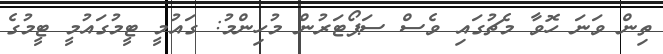
ތިން ވަނަ ހޮވާ މެޗުގައި ވެސް ސަޕޯޓަރުން މުހިންމު: ގައުމީ ޓީމުގައުމީ ޓީމުގެ